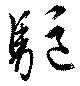
駆